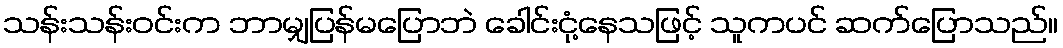
သန်းသန်းဝင်းက ဘာမျှပြန်မပြောဘဲ ခေါင်းငုံ့နေသဖြင့် သူကပင် ဆက်ပြောသည်။